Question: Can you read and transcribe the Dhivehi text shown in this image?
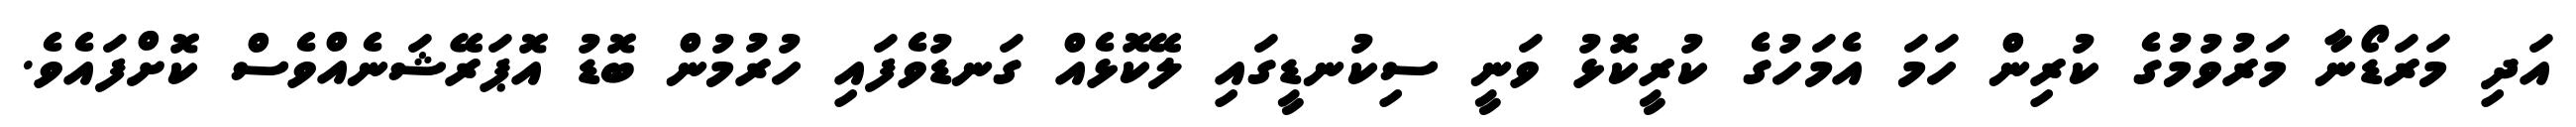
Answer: އަދި މަރަޑޯނާ މަރުވުމުގެ ކުރިން ހަމަ އެމަހުގެ ކުރީކޮޅު ވަނީ ސިކުނޑީގައި ލޭކޮޅެއް ގަނޑުވެފައި ހުރުމުން ބޮޑު އޮޕަރޭޝަނެއްވެސް ކޮށްފައެވެ.